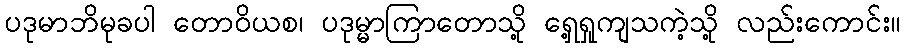
ပဒုမာဘိမုခပါ တောဝိယစ၊ ပဒုမ္မာကြာတောသို့ ရှေ့ရှုကျသကဲ့သို့ လည်းကောင်း။